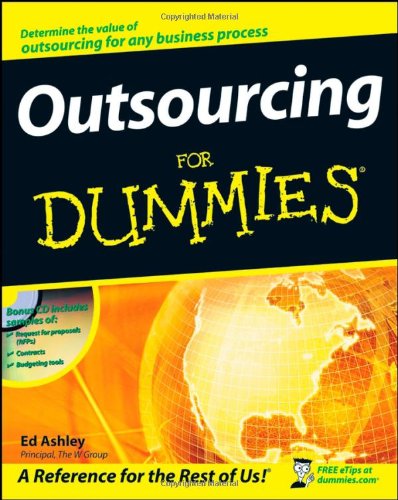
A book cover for Outsourcing For Dummies; Ed Ashley; Business & Money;